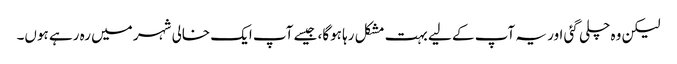
لیکن وہ چلی گئی اور یہ آپ کے لیے بہت مشکل رہا ہوگا، جیسے آپ ایک خالی شہر میں رہ رہے ہوں۔